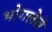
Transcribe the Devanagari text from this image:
भोगलेले